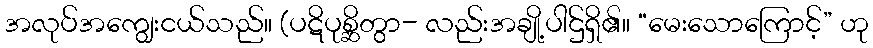
အလုပ်အကျွေးငယ်သည်။ (ပဋိပုစ္ဆိတွာ- လည်းအချို့ပါဌ်ရှိ၏။ “မေးသောကြောင့်” ဟု